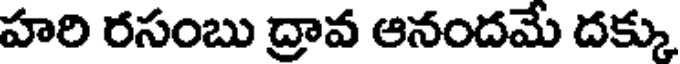
హరి రసంబు ద్రావ ఆనందమే దక్కు